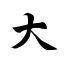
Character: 大